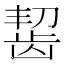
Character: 𫜩